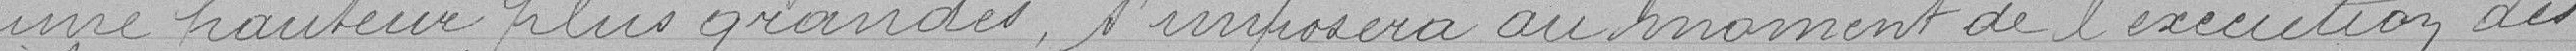
une hauteur plus grandes s'imposera au moment de l'éxécution des